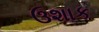
ઉશાક